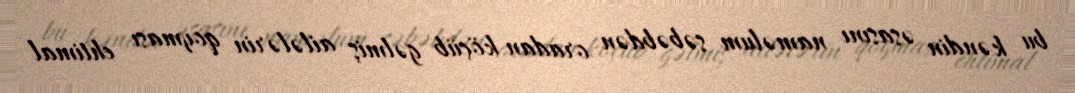
bu kəndin əsasını naməlum səbəbdən oradan köçüb gəlmiş ailələrin qoyması ehtimal